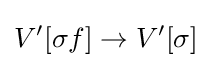
V^{\prime }[\sigma f]\to V^{\prime }[\sigma ]